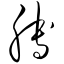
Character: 膊